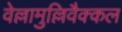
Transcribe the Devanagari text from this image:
वेल्लामुल्लिवैक्कल